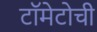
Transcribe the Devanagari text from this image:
टॉमेटोची